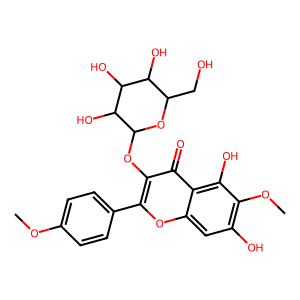
SMILES: COc1ccc(-c2oc3cc(O)c(OC)c(O)c3c(=O)c2OC2OC(CO)C(O)C(O)C2O)cc1
Inhibits HIV replication: No